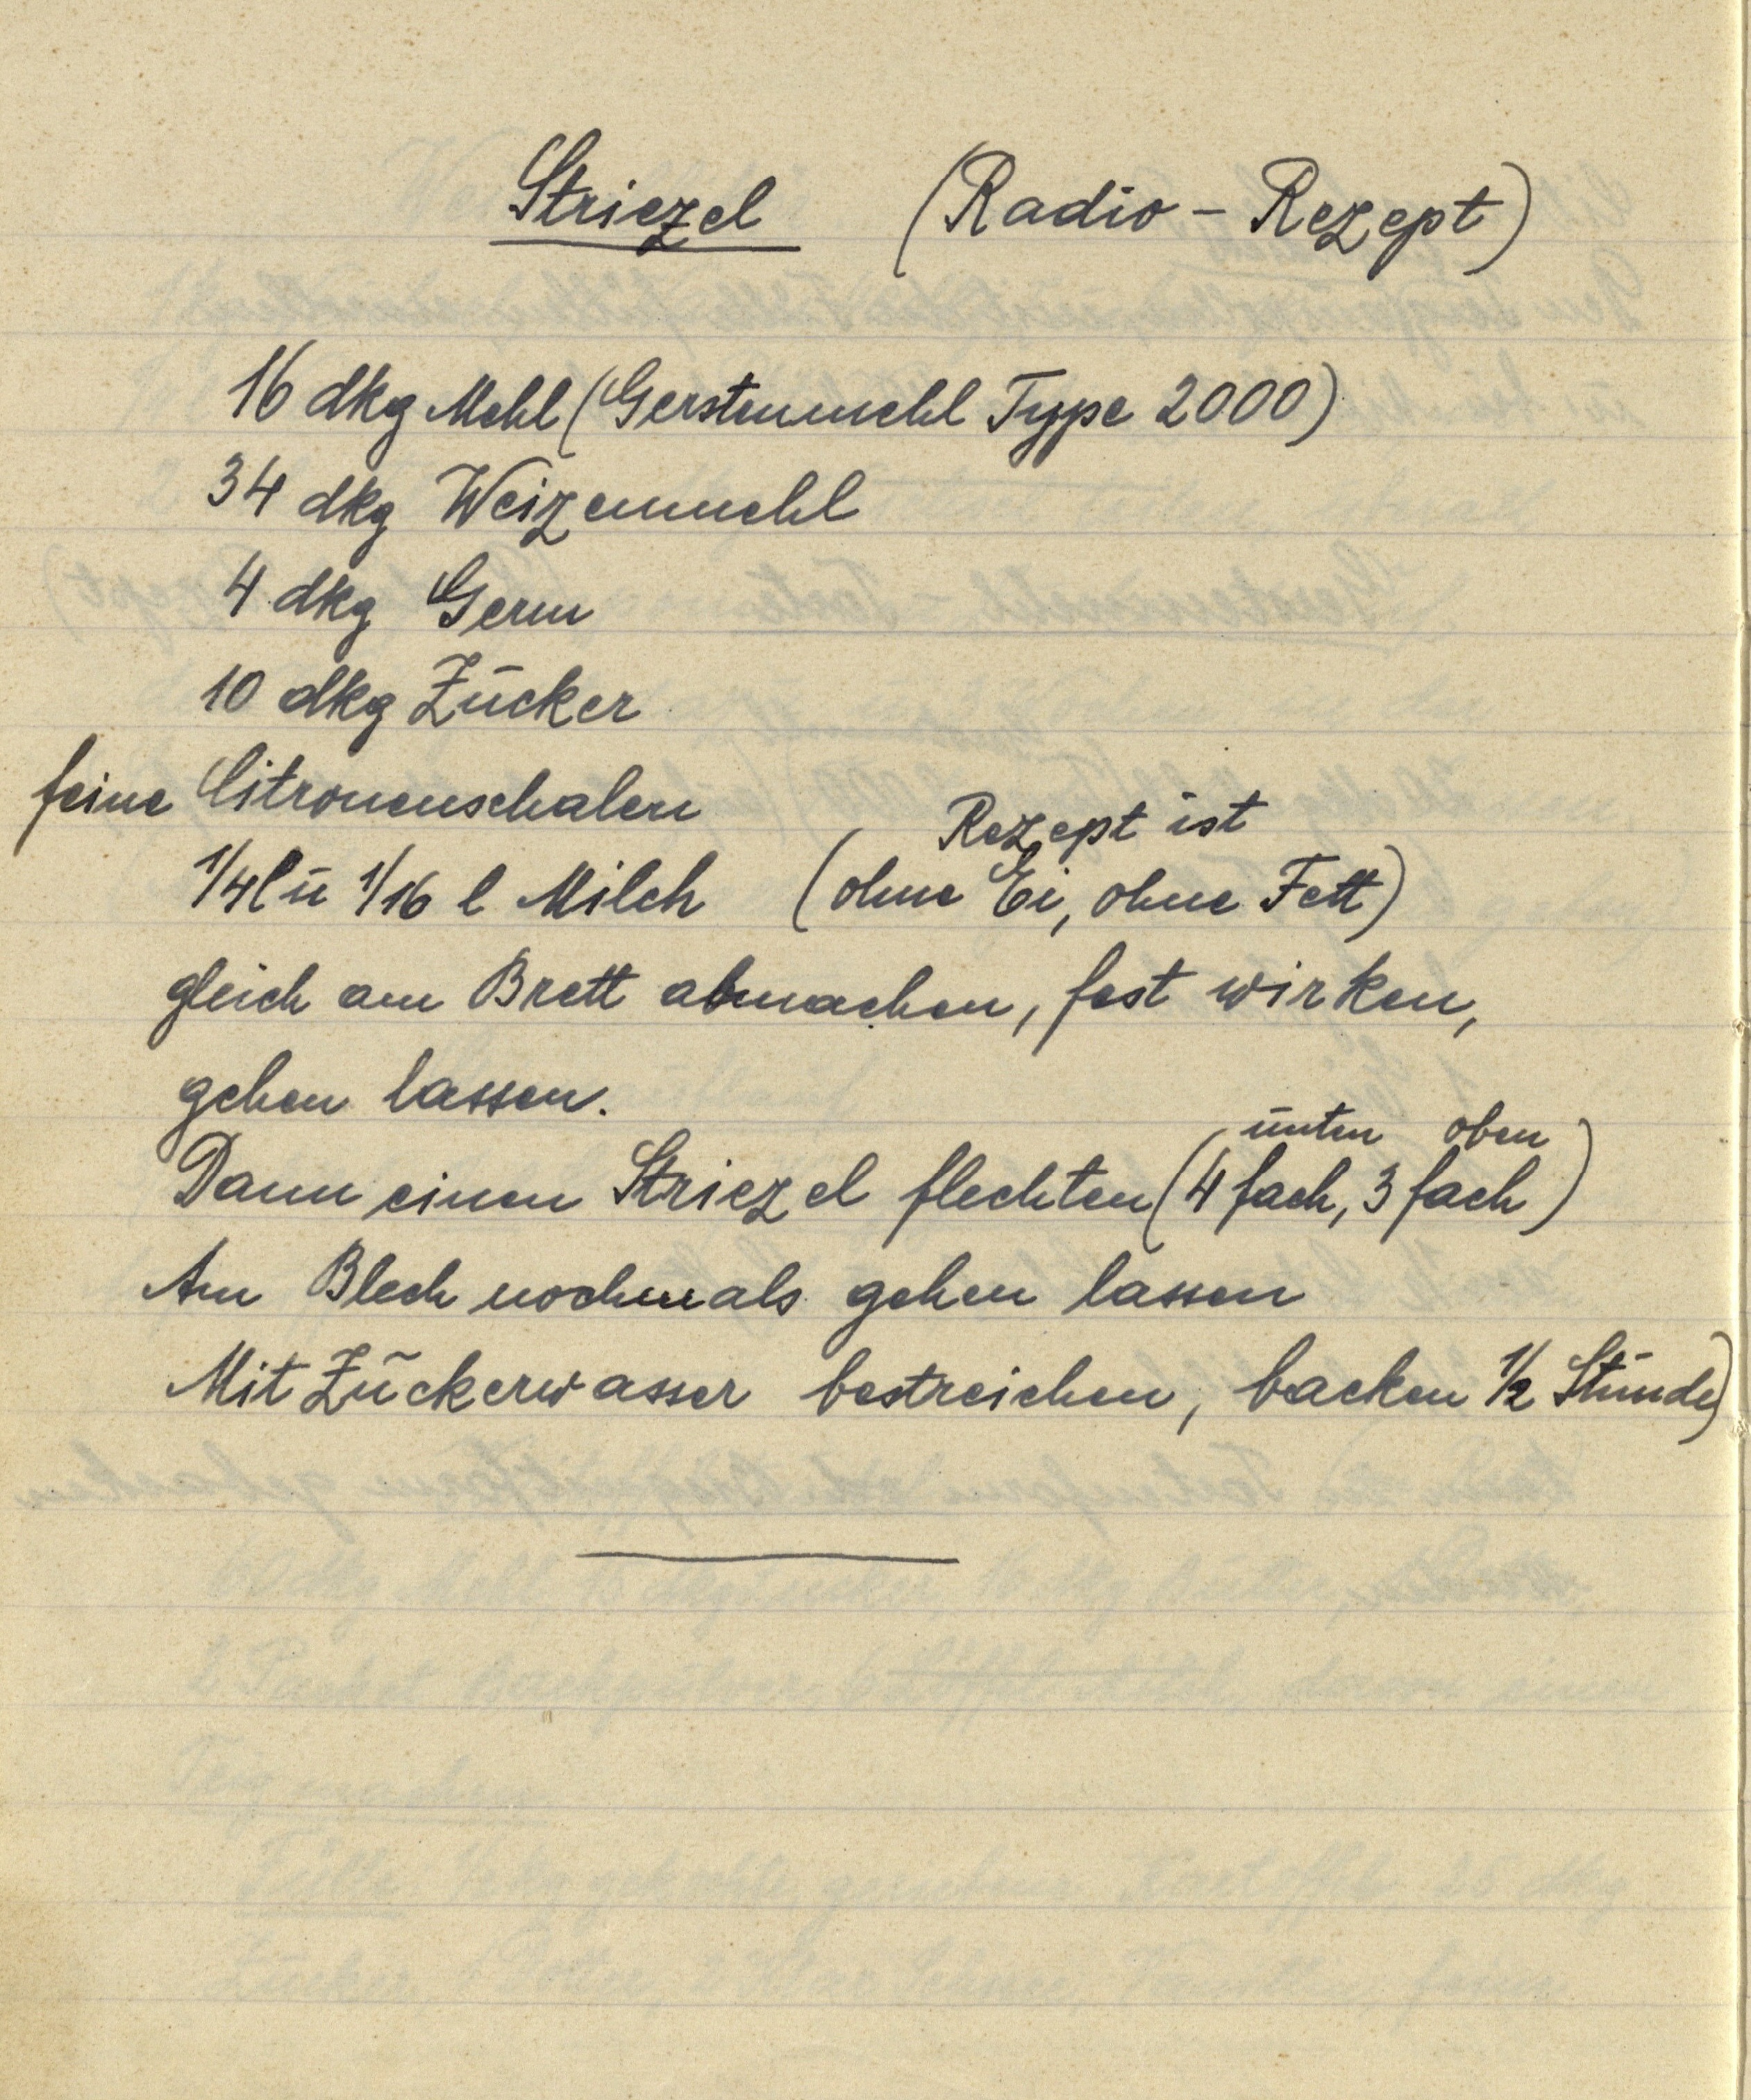
Striezel (Radio — Rezept)

16 dkg Mehl (Gerstenmehl Type 2000)
34 dkg Weizenmehl
4 dkg Germ
10 dkg Zucker
feine Citronenschalen
¼ l u 1/16 l Milch
(Rezept ist
ohne Ei, ohne Fett)
gleich am Brett abmachen, fest wirken,
gehen lassen.
Dann einen Striezel flechten (unten 4 fach, oben 3 fach)
Am Blech nochmals gehen lassen
Mit Zuckerwasser bestreichen, backen ½ Stunde)